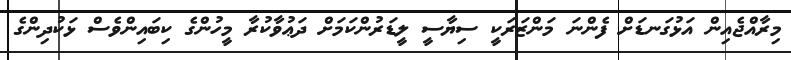
މިރާއްޖެއިން އަޅުގަނޑަށް ފެންނަ މަންޒަރަކީ ސިޔާސީ ލީޑަރުންކަމަށް ދަޢުވާކުރާ މީހުންގެ ކިބައިންވެސް ޅަކުދިންގެ